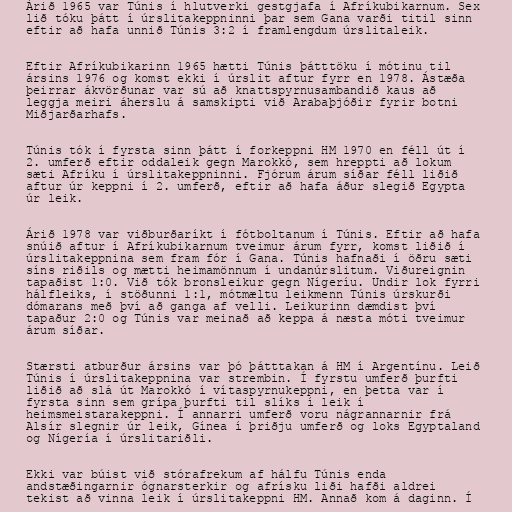
Árið 1965 var Túnis í hlutverki gestgjafa í Afríkubikarnum. Sex
lið tóku þátt í úrslitakeppninni þar sem Gana varði titil sinn
eftir að hafa unnið Túnis 3:2 í framlengdum úrslitaleik.

Eftir Afríkubikarinn 1965 hætti Túnis þátttöku í mótinu til
ársins 1976 og komst ekki í úrslit aftur fyrr en 1978. Ástæða
þeirrar ákvörðunar var sú að knattspyrnusambandið kaus að
leggja meiri áherslu á samskipti við Arabaþjóðir fyrir botni
Miðjarðarhafs.

Túnis tók í fyrsta sinn þátt í forkeppni HM 1970 en féll út í
2. umferð eftir oddaleik gegn Marokkó, sem hreppti að lokum
sæti Afríku í úrslitakeppninni. Fjórum árum síðar féll liðið
aftur úr keppni í 2. umferð, eftir að hafa áður slegið Egypta
úr leik.

Árið 1978 var viðburðaríkt í fótboltanum í Túnis. Eftir að hafa
snúið aftur í Afríkubikarnum tveimur árum fyrr, komst liðið í
úrslitakeppnina sem fram fór í Gana. Túnis hafnaði í öðru sæti
síns riðils og mætti heimamönnum í undanúrslitum. Viðureignin
tapaðist 1:0. Við tók bronsleikur gegn Nígeríu. Undir lok fyrri
hálfleiks, í stöðunni 1:1, mótmæltu leikmenn Túnis úrskurði
dómarans með því að ganga af velli. Leikurinn dæmdist því
tapaður 2:0 og Túnis var meinað að keppa á næsta móti tveimur
árum síðar.

Stærsti atburður ársins var þó þátttakan á HM í Argentínu. Leið
Túnis í úrslitakeppnina var strembin. Í fyrstu umferð þurfti
liðið að slá út Marokkó í vítaspyrnukeppni, en þetta var í
fyrsta sinn sem grípa þurfti til slíks í leik í
heimsmeistarakeppni. Í annarri umferð voru nágrannarnir frá
Alsír slegnir úr leik, Gínea í þriðju umferð og loks Egyptaland
og Nígería í úrslitariðli.

Ekki var búist við stórafrekum af hálfu Túnis enda
andstæðingarnir ógnarsterkir og afrísku liði hafði aldrei
tekist að vinna leik í úrslitakeppni HM. Annað kom á daginn. Í